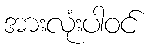
အားလုံးပါဝင်